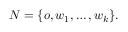
N = \{ o , w _ { 1 } , \ldots , w _ { k } \} .